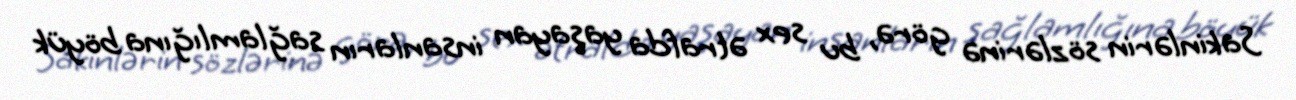
Sakinlərin sözlərinə görə, bu sex ətrafda yaşayan insanların sağlamlığına böyük